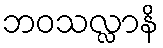
ဘဝသလ္လာနိ